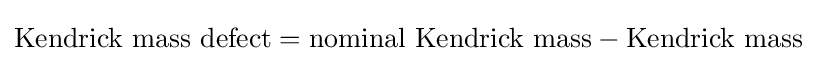
{\textrm {Kendrick~mass~defect}}={\textrm {nominal~Kendrick~mass}}-{\textrm {Kendrick~mass}}